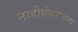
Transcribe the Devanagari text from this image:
नाडीग्रंथरचना